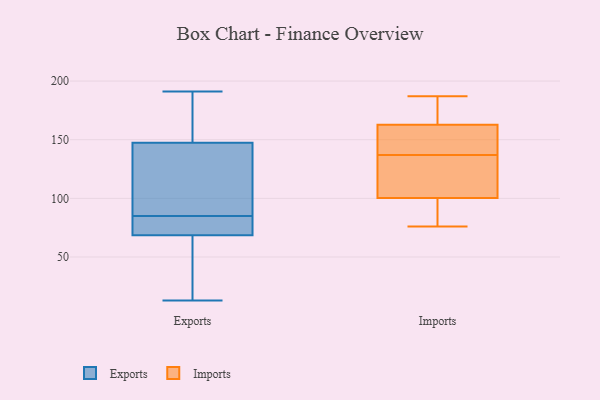
{"axis": {"x": "Revenue (USD Million)", "y": "Value"}, "legend": ["Exports", "Imports"], "data": [{"x": "", "y": 52, "type": "Exports"}, {"x": "", "y": 44, "type": "Exports"}, {"x": "", "y": 142, "type": "Exports"}, {"x": "", "y": 186, "type": "Exports"}, {"x": "", "y": 124, "type": "Exports"}, {"x": "", "y": 74, "type": "Exports"}, {"x": "", "y": 164, "type": "Exports"}, {"x": "", "y": 74, "type": "Exports"}, {"x": "", "y": 191, "type": "Exports"}, {"x": "", "y": 85, "type": "Exports"}, {"x": "", "y": 83, "type": "Exports"}, {"x": "", "y": 122, "type": "Exports"}, {"x": "", "y": 13, "type": "Exports"}, {"x": "", "y": 158, "type": "Imports"}, {"x": "", "y": 187, "type": "Imports"}, {"x": "", "y": 128, "type": "Imports"}, {"x": "", "y": 96, "type": "Imports"}, {"x": "", "y": 76, "type": "Imports"}, {"x": "", "y": 142, "type": "Imports"}, {"x": "", "y": 183, "type": "Imports"}, {"x": "", "y": 177, "type": "Imports"}, {"x": "", "y": 137, "type": "Imports"}, {"x": "", "y": 98, "type": "Imports"}, {"x": "", "y": 134, "type": "Imports"}, {"x": "", "y": 101, "type": "Imports"}, {"x": "", "y": 155, "type": "Imports"}]}